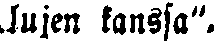
lujen kanssa".